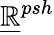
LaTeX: {\underline{{\mathbb{R}}}}^{psh}